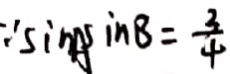
\therefore \sin A \sin B = \frac { 3 } { 4 }